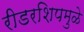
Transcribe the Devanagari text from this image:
रीडरशिपमुळे